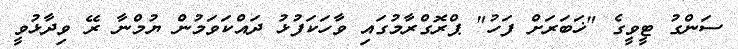
ސަންގު ޓީވީގެ "ޚަބަރަށް ފަހު" ޕްރޮގްރާމުގައި ވާހަކަފުޅު ދައްކަވަމުން ޔުމްނާ ރޭ ވިދާޅުވީ